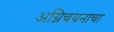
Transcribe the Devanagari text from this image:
अग्निचयनाचा